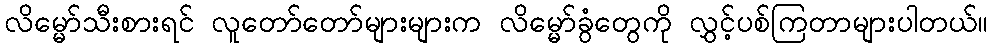
လိမ္မော်သီးစားရင် လူတော်တော်များများက လိမ္မော်ခွံတွေကို လွှင့်ပစ်ကြတာများပါတယ်။